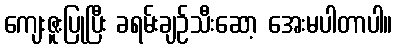
ကျေးဇူးပြုပြီး ခရမ်းချဉ်သီးဆော့ အေးမပါတာပါ။